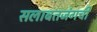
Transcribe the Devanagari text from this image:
सलाबतजंगची